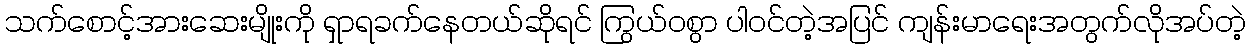
သက်စောင့်အားဆေးမျိုးကို ရှာရခက်နေတယ်ဆိုရင် ကြွယ်ဝစွာ ပါဝင်တဲ့အပြင် ကျန်းမာရေးအတွက်လိုအပ်တဲ့